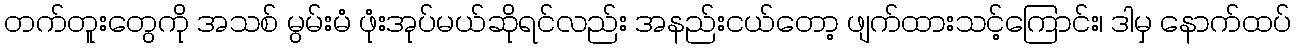
တက်တူးတွေကို အသစ် မွမ်းမံ ဖုံးအုပ်မယ်ဆိုရင်လည်း အနည်းငယ်တော့ ဖျက်ထားသင့်ကြောင်း၊ ဒါမှ နောက်ထပ်